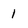
Character: 1